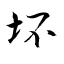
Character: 坏